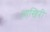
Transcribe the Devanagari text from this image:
आखि़री